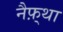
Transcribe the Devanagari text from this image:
नैफ़्था